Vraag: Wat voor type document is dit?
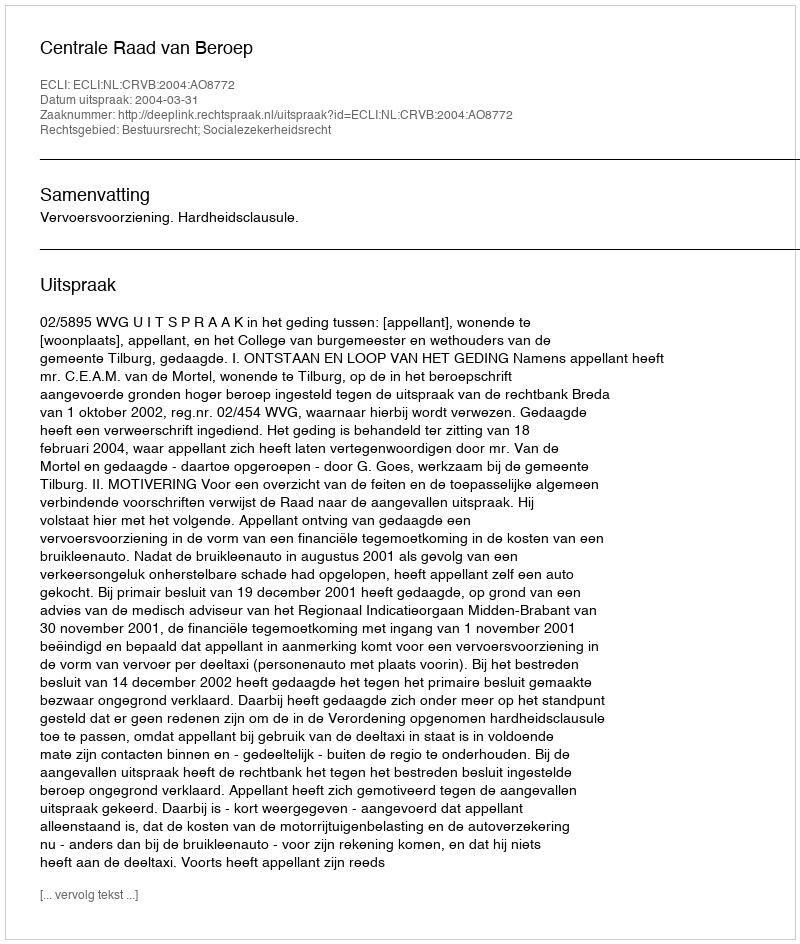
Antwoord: Uitspraak